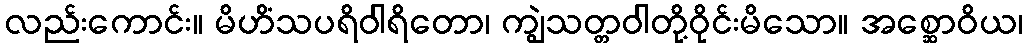
လည်းကောင်း။ မိဟိံသပရိဝါရိတော၊ ကျွဲသတ္တဝါတို့ဝိုင်းမိသော။ အစ္ဆောဝိယ၊